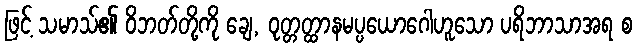
ဖြင့် သမာသ်၏ ဝိဘတ်တို့ကို ချေ, ဝုတ္တတ္ထာနမပ္ပယောဂေါဟူသော ပရိဘာသာအရ စ